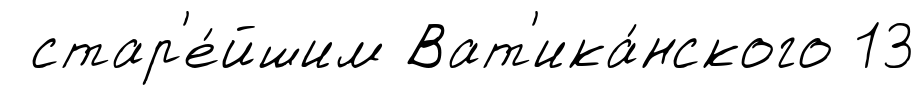
стар'е́йшим Ват'ика́нского 13